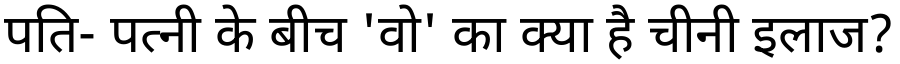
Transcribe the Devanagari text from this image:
पति- पत्नी के बीच 'वो' का क्या है चीनी इलाज?